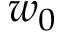
w _ { 0 }